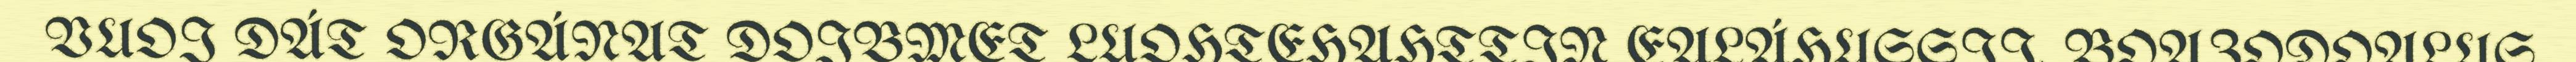
VUOI DÁT ORGÁNAT DOIBMET LUOHTEHAHTTIN EALÁHUSSII. BOAZODOALUS